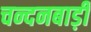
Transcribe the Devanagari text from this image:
चन्दनबाड़ी